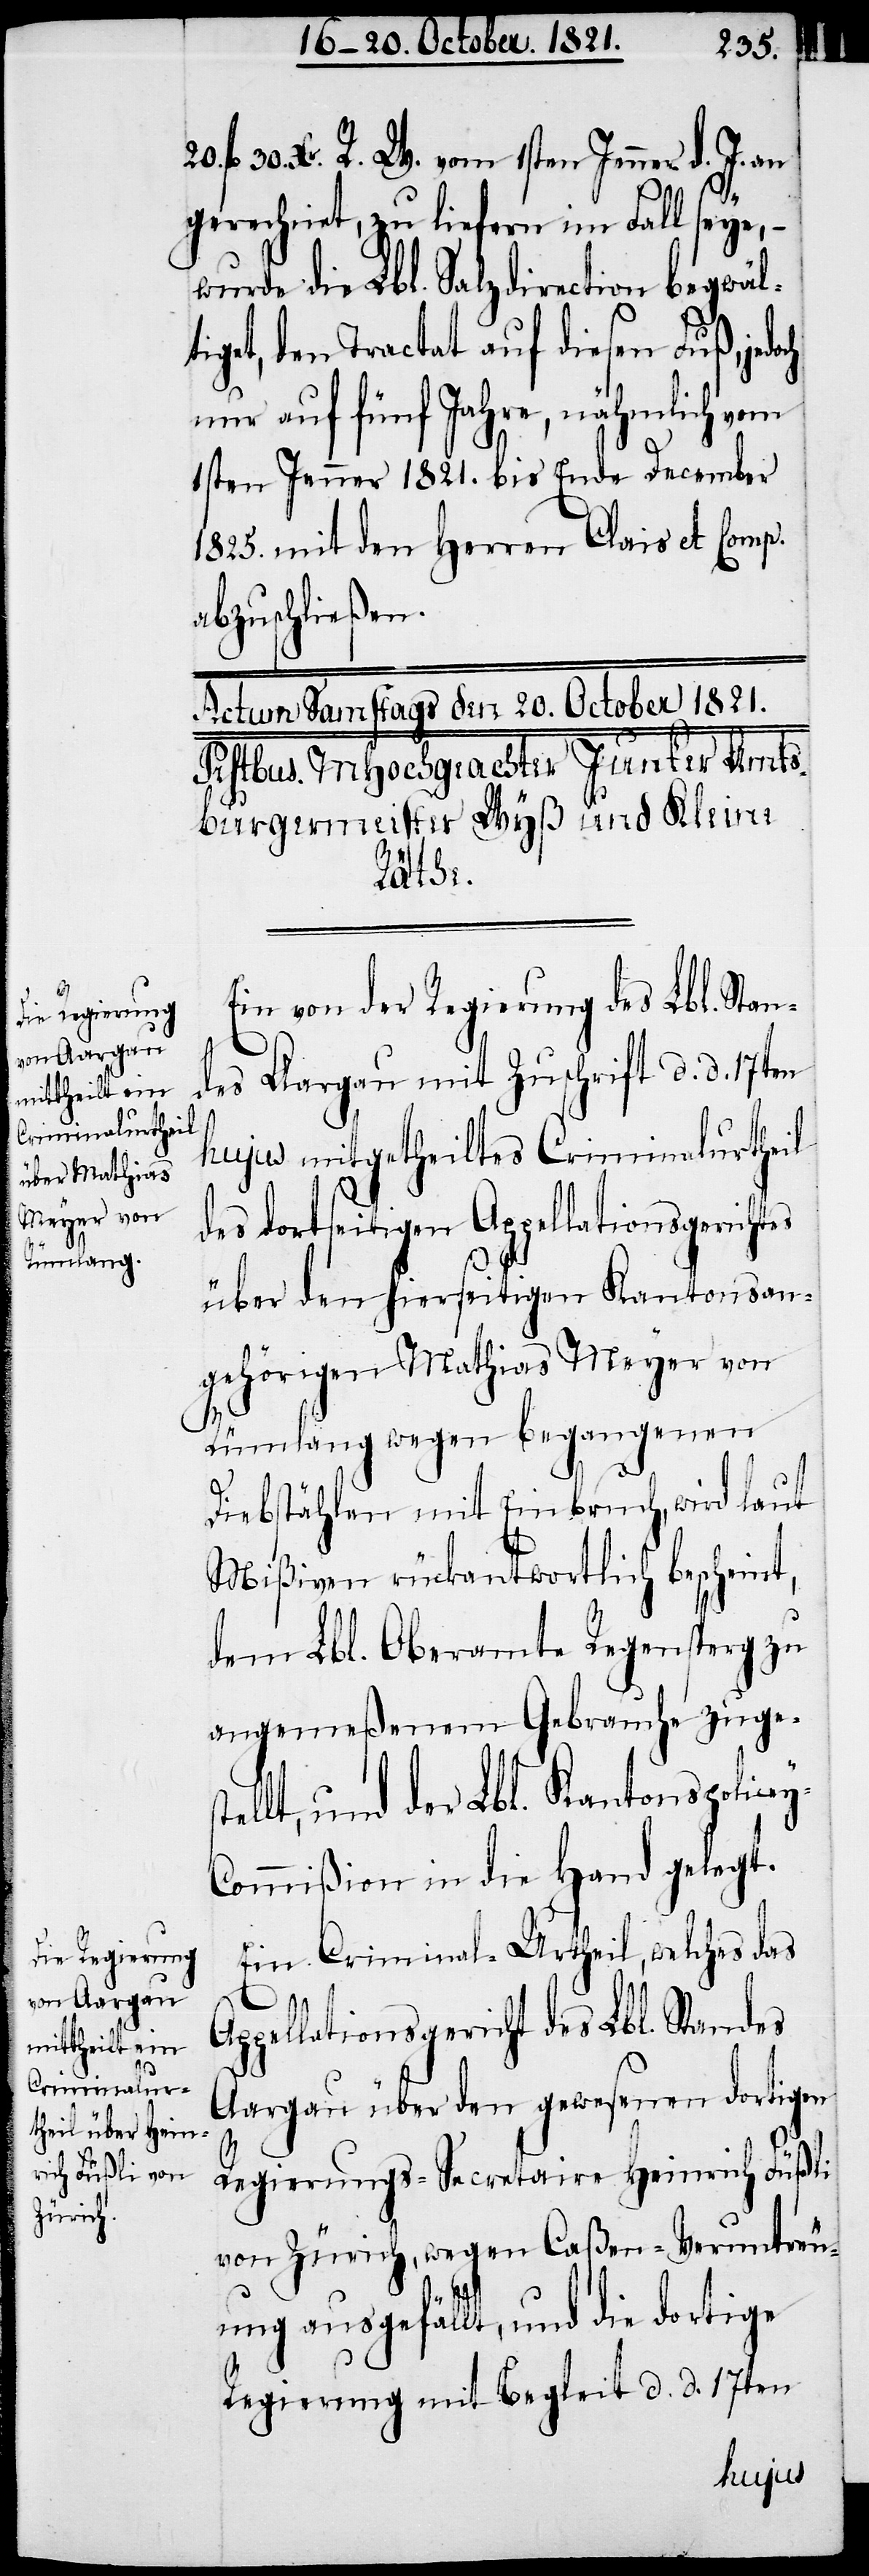
30. Xr. R. W. vom 1sten Jenner d. J. an
20.
gerechnet, zu liefern im Fall seye, –
wurde die Lbl. Salzdirection begwäl¬
tiget, den Tractat auf diesen Fuß, jedo¬
nur auf fünf Jahre, nähmlich vom
1sten Jenner 1821. bis Ende December
1825. mit den Herren Clais et Comp.
abzuschließen.
Ein von der Regierung des Lbl. Stan¬
des Aargau mit Zuschrift d. d. 17ten
hujus mitgetheiltes Criminalurtheil
des dortseitigen Appellationsgerichtes
über den hierseitigen Kantonsan¬
gehörigen Mathias Meyer von
Rümlang wegen begangenen
Diebstählen mit Einbruch, wird laut
Mißiven rückantwortlich bescheint,
dem Lbl. Oberamte Regensperg zu
angemeßenem Gebrauche zugest¬
ellt, und der Lbl. Kantonspolice¬
ommißion in die Hand gelegt.
Ein Criminal-Urtheil, welches das
ppellationsgericht des Lbl. Standes
Aargau über den gewesenen dortigen
Regierungs-Secretaire Heinrich Füßli
von Zürich, wegen Caßen-Veruntreu¬
ung ausgefällt, und die dortige
Regierung mit Bericht d. d. 17ten

A¬